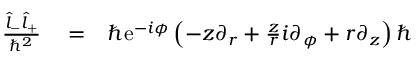
\begin{array} { r l r } { \frac { \hat { l } _ { - } \hat { l } _ { + } } { \hbar ^ { 2 } } } & { { } = } & { \hbar \mathrm { e } ^ { - i \phi } \left( - z \partial _ { r } + \frac { z } { r } i \partial _ { \phi } + r \partial _ { z } \right) \hbar } \end{array}